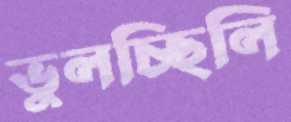
ভুলচ্ছিলি